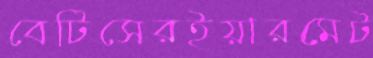
বেটিসেরইয়ারমেট